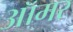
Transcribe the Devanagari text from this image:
ऑमर